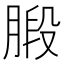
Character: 腶